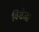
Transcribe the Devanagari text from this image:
विशेखा